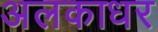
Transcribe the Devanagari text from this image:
अलकाधर